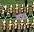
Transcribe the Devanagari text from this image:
मत्र्त